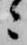
ニ